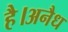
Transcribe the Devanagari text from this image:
है।अनैध